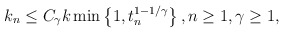
\begin{align*} k_n\leq C_{\gamma}k \min\left\{1,t_n^{1-1/\gamma}\right\}, n\geq 1, \gamma\geq 1, \end{align*}